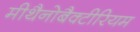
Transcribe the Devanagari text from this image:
मीथैनोबैक्टीरियम